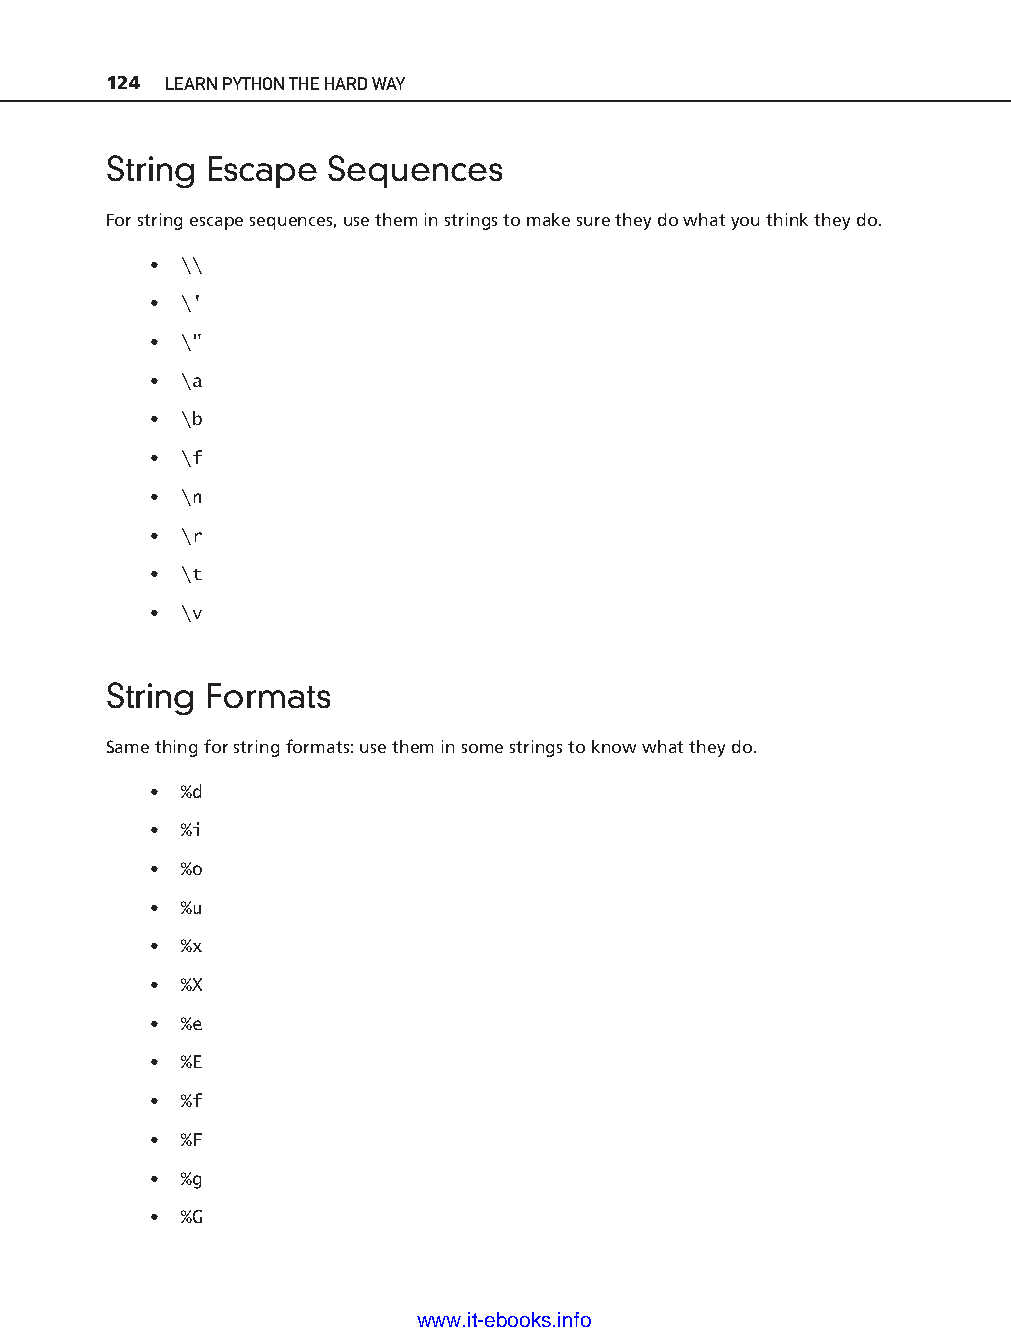
124 LEARN PYTHON THE HARD WAY
 String Escape  Sequences
 For string escape sequences, use them in strings to make sure they do what you think they do.
 • \\
 • \'
 • \"
 • \a
 • \b
 • \f
 • \n
 • \r
 • \t
 • \v
 ptg11539604
 String Formats
 Same thing for string formats: use them in some strings to know what they do.
 • %d
 • %i
 • %o
 • %u
 • %x
 • %X
 • %e
 • %E
 • %f
 • %F
 • %g
 • %G
 www.it-ebooks.info